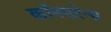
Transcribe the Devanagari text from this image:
कॉनफरेन्स